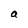
Character: a